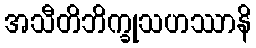
အသီတိဘိက္ခုသဟဿာနိ